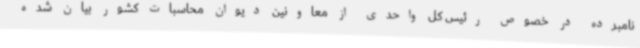
نامبرده در خصوص رئیس کل واحدی از معاونین دیوان محاسبات کشور بیان شده